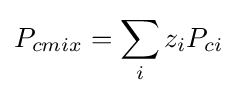
P_{cmix}=\sum _{i}z_{i}P_{ci}